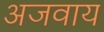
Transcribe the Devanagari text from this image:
अजवाय